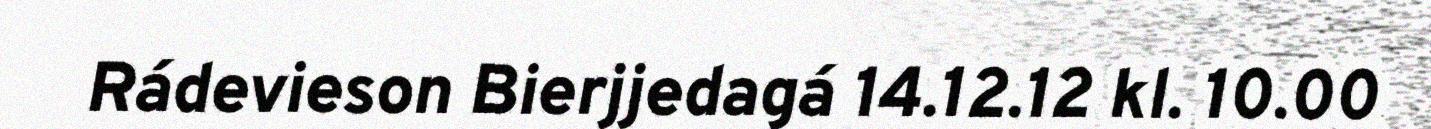
Rádevieson Bierjjedagá 14.12.12 kl. 10.00